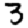
Digit: 3